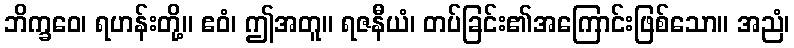
ဘိက္ခဝေ၊ ရဟန်းတို့။ ဧဝံ၊ ဤအတူ။ ရဇနီယံ၊ တပ်ခြင်း၏အကြောင်းဖြစ်သော။ အညံ၊